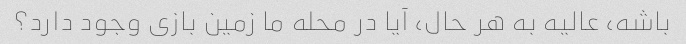
باشه، عالیه به هر حال، آیا در محله ما زمین بازی وجود دارد؟